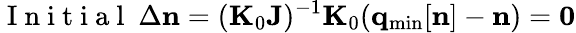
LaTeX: \mathrm{~I~n~i~t~i~a~l~}~\Delta{\mathbf n}=({\mathbf K}_{0}{\mathbf J})^{-1}{\mathbf K}_{0}({\mathbf q}_{\mathrm{min}}[{\mathbf n}]-{\mathbf n})={\mathbf 0}